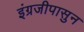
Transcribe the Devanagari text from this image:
इंग्रजीपासुन